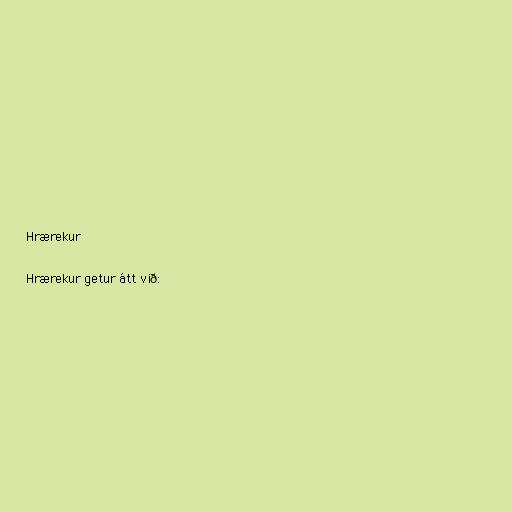
Hrærekur

Hrærekur getur átt við: